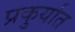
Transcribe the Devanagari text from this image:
प्रकुर्यात